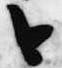
今